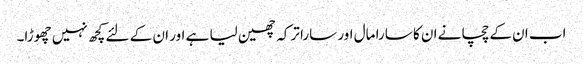
اب ان کے چچا نے ان کا سارا مال اور سارا ترکہ چھین لیا ہے اور ان کے لئے کچھ نہیں چھوڑا۔